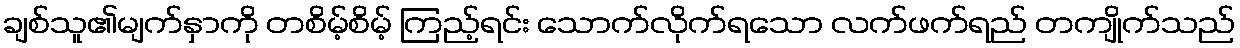
ချစ်သူ၏မျက်နှာကို တစိမ့်စိမ့် ကြည့်ရင်း သောက်လိုက်ရသော လက်ဖက်ရည် တကျိုက်သည်